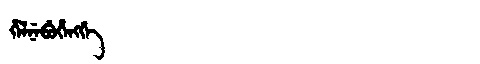
Manchu: ᡥᡝᠯᠨᡝᠪᡠᡥᡝᠩᡤᡝ
Romanization: HELNEBUHENGGE